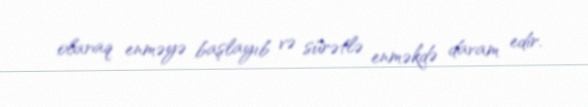
olaraq enməyə başlayıb və sürətlə enməkdə davam edir.